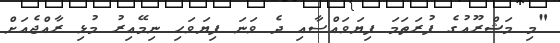
"މި މަޝްރޫއުގެ ފުރަތަމަ ފިޔަވައްސާއި ދެ ވަނަ ފިޔަވަހި ނިމޭއިރު މުޅި ރާއްޖެއަށް